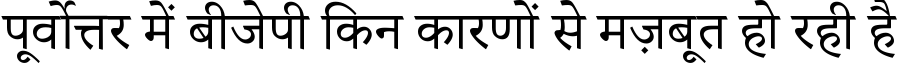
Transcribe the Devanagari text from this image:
पूर्वोत्तर में बीजेपी किन कारणों से मज़बूत हो रही है